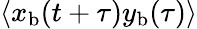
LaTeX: \langle x_{\mathrm{b}}(t+\tau)y_{\mathrm{b}}(\tau)\rangle